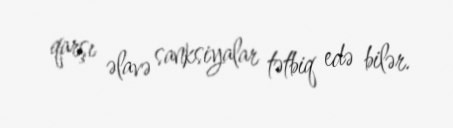
qarşı əlavə sanksiyalar tətbiq edə bilər.